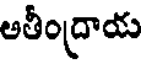
అతీంద్రాయ